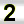
Digit: 2